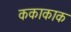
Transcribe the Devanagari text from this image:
ककाकाक